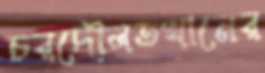
চরদৌলতখানের